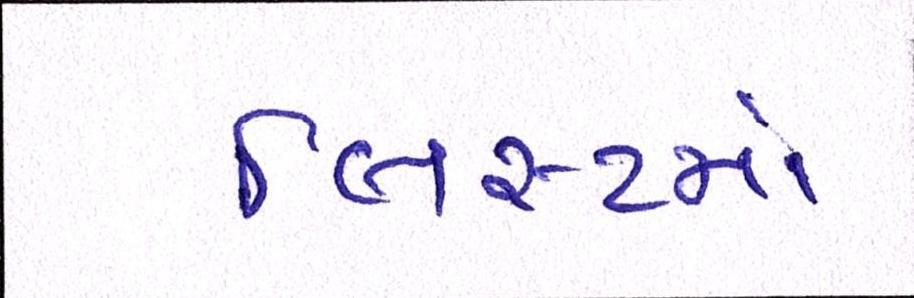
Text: લિસ્ટમાં